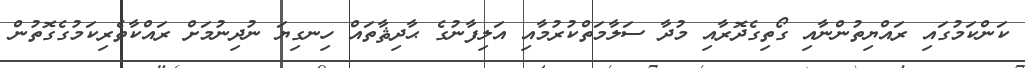
ކަންކަމުގައި ރައްޔިތުންނާއި ގޯތިގެދޮރާއި މުދާ ސަލާމަތްކުރުމާއި އަލިފާނުގެ ޙާދިޘާތައް ހިނގިޔަ ނުދިނުމަށް ރައްކާތެރިކަމުގެގޮތުން